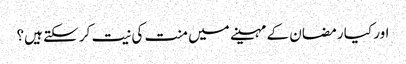
اور کیا رمضان کے مہینے میں منت کی نیت کر سکتے ہیں؟